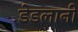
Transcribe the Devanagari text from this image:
डेडलानी